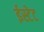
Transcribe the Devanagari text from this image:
ईस्टेट